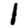
Digit: 1